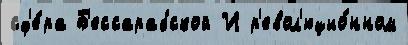
сф'е́ра Б'ессарабской И р'евол'юцио́нном